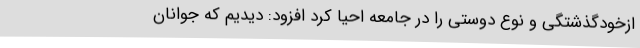
ازخودگذشتگی و نوع دوستی را در جامعه احیا کرد افزود: دیدیم که جوانان